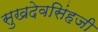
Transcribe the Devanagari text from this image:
सुखदेवसिंहजी